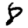
Digit: 8